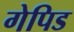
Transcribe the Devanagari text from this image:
गेपिड